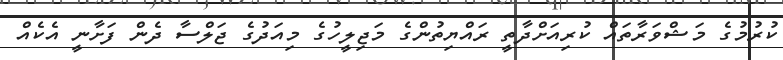
ކުރުމުގެ މަޝްވަރާތައް ކުރިއަށްދާތީ ރައްޔިތުންގެ މަޖިލީހުގެ މިއަދުގެ ޖަލްސާ ދެން ފަށާނީ އެކެއް